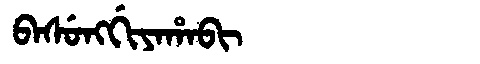
Manchu: ᠪᠠᠰᡠᠩᡤᡳᠶᠠᡥᠠᠪᡳ
Romanization: BASUNGGIYAHABI